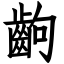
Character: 齣